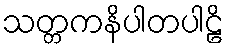
သတ္တကနိပါတပါဠိ